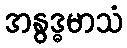
အနွဒ္ဓမာသံ